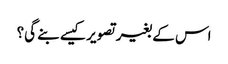
اس کے بغیر تصویر کیسے بنے گی؟